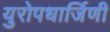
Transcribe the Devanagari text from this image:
युरोपधार्जिणी